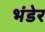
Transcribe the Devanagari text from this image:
भंडेर